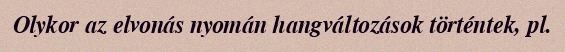
Olykor az elvonás nyomán hangváltozások történtek, pl.